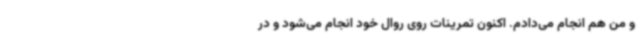
و من هم انجام می‌دادم. اکنون تمرینات روی روال خود انجام می‌شود و در